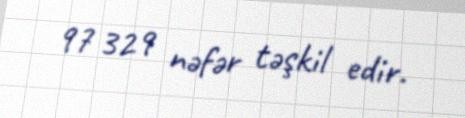
97 329 nəfər təşkil edir.